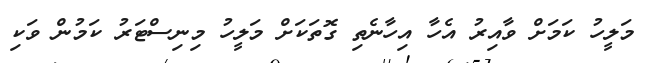
މަލީހު ކަމަށް ވާއިރު އެހާ އިހާނެތި ގޮތަކަށް މަލީހު މިނިސްޓަރު ކަމުން ވަކި